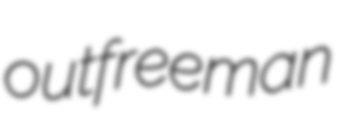
outfreeman